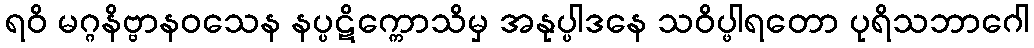
ရဝိ မဂ္ဂနိဗ္ဗာနဝသေန နပ္ပဋိက္ကောသိမှ အနုပ္ပါဒနေ သဝိပ္ဖါရတော ပုရိသဘာဂေါ